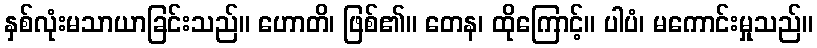
နှစ်လုံးမသာယာခြင်းသည်။ ဟောတိ၊ ဖြစ်၏။ တေန၊ ထိုကြောင့်။ ပါပံ၊ မကောင်းမှုသည်။